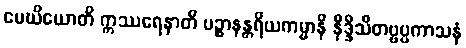
မေဃိယောတိ ဣဿရေနာတိ ပဉ္စာနန္တရိယကမ္မာနိ နိဒ္ဒိသိတဗ္ဗပ္ပကာသနံ